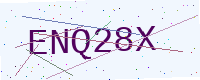
Text: ENQ28X